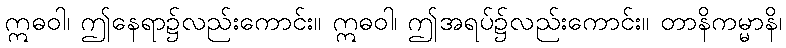
ဣဓဝါ၊ ဤနေရာ၌လည်းကောင်း။ ဣဓဝါ၊ ဤအရပ်၌လည်းကောင်း။ တာနိကမ္မာနိ၊